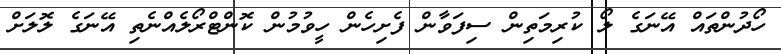
ހޯދުންތައް އޭނަގެ ލޯ ކުރިމަތިން ސިފަވާން ފެށިހެން ހީވުމުން ކޮންޓްރޯލެއްނެތި އޭނަގެ ލޮލަށް